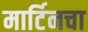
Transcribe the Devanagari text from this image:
मार्टिनचा